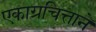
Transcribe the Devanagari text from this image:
एकाग्रचित्ताने